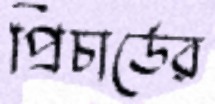
প্রিচার্ডের